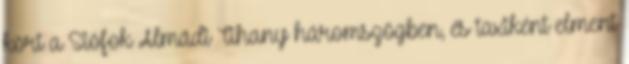
kört a Siófok Almádi Tihany háromszögben, és taxiként elment